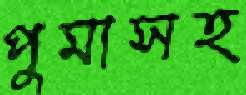
পুমাসহ